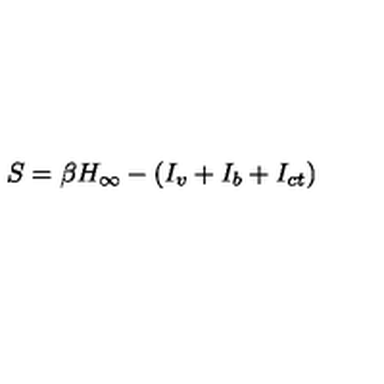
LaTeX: S = \beta H _ { \infty } - ( I _ { v } + I _ { b } + I _ { c t } )